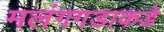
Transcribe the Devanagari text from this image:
मलंगगडाकडे